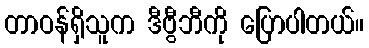
တာဝန်ရှိသူက ဒီဗွီဘီကို ပြောပါတယ်။